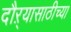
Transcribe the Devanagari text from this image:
दौऱ्यासाठीच्या